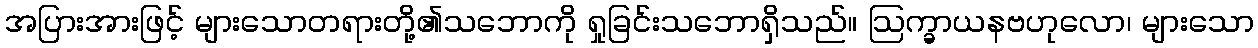
အပြားအားဖြင့် များသောတရားတို့၏သဘောကို ရှုခြင်းသဘောရှိသည်။ ဩက္ခာယနဗဟုလော၊ များသော